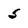
Character: 5